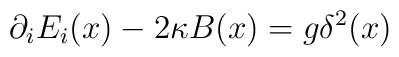
\partial_iE_i(x)-2\kappa B(x)=g\delta^2(x)